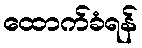
ထောက်ခံရန်